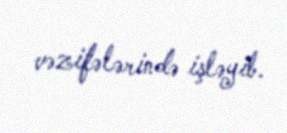
vəzifələrində işləyib.